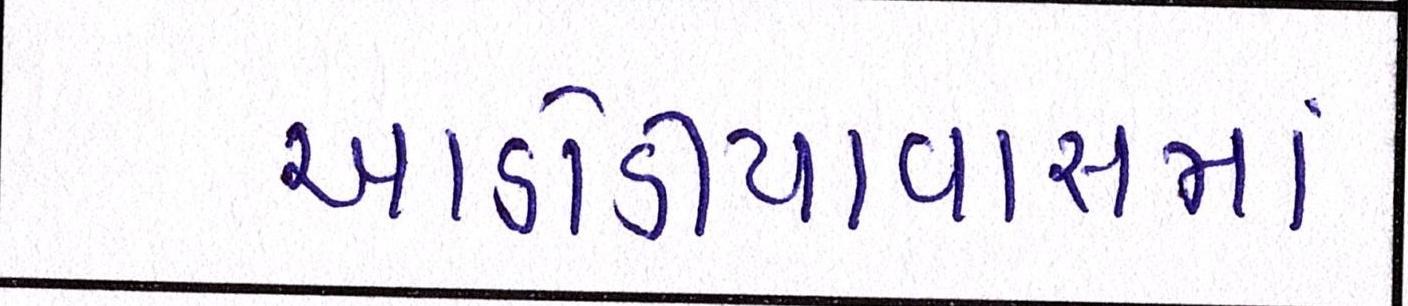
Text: આડોડીયાવાસમાં